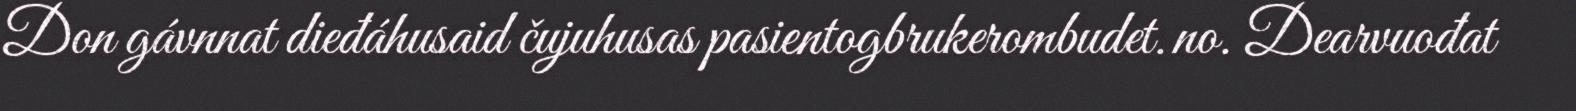
Don gávnnat dieđáhusaid čujuhusas pasientogbrukerombudet.no. Dearvuođat